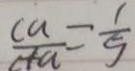
\frac { c a } { c + a } = \frac { 1 } { 5 }